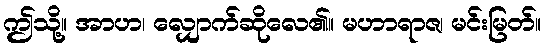
ဤသို့။ အာဟ၊ လျှောက်ဆိုလေ၏။ မဟာရာဇ၊ မင်းမြတ်။